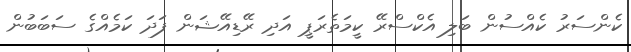
ކެންސަރު ކެއްސުން ބަލި އެކްސްރޭ ކީމަތެރަޕީ އަދި ރޭޑިއޭޝަން ފަދަ ކަމެއްގެ ސަބަބުން